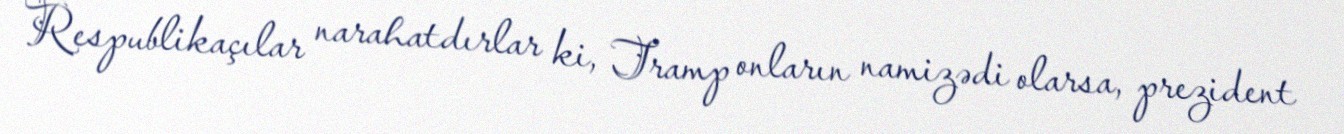
Respublikaçılar narahatdırlar ki, Tramp onların namizədi olarsa, prezident